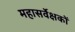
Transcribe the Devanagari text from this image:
महासर्वेक्षकों